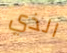
الذي